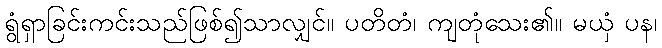
ရွံရှာခြင်းကင်းသည်ဖြစ်၍သာလျှင်။ ပတိတံ၊ ကျတုံသေး၏။ မယှံ ပန၊